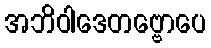
အဘိဝါဒေတဗ္ဗောပေ